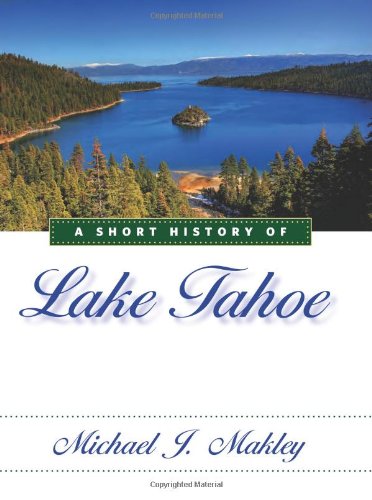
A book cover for A Short History of Lake Tahoe; Michael J. Makley; Science & Math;